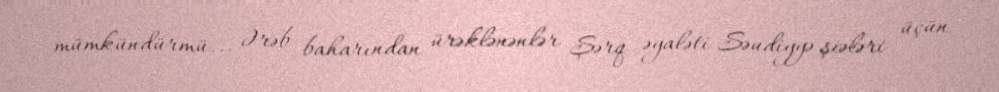
mümkündürmü... Ərəb baharından ürəklənənlər Şərq əyaləti Səudiyyə şiələri üçün